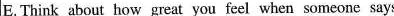
E. Think about how great you feel when someone says